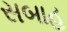
સબાહ